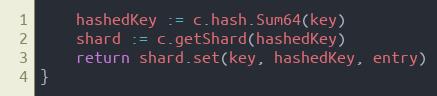
Language: Go
	hashedKey := c.hash.Sum64(key)
	shard := c.getShard(hashedKey)
	return shard.set(key, hashedKey, entry)
}